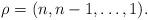
LaTeX: \begin{align*} \rho=(n,n-1,\ldots,1).\end{align*}